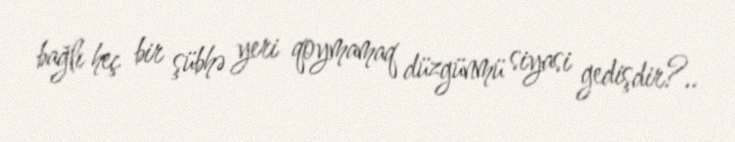
bağlı heç bir şübhə yeri qoymamaq düzgünmü siyasi gedişdir?..